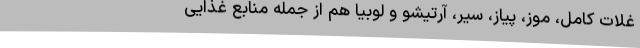
غلات کامل، موز، پیاز، سیر، آرتیشو و لوبیا هم از جمله منابع غذایی